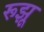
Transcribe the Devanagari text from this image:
रूझू